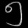
Digit: ၅